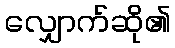
လျှောက်ဆို၏